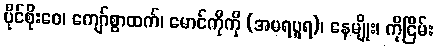
ပိုင်စိုးဝေ၊ ကျော်စွာထက်၊ မောင်ကိုကို (အမရပူရ)၊ နေမျိုး၊ ကိုငြိမ်း